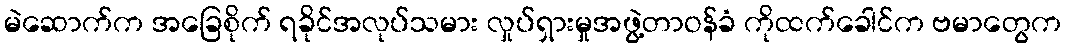
မဲဆောက်က အခြေစိုက် ရခိုင်အလုပ်သမား လှုပ်ရှားမှုအဖွဲ့တာဝန်ခံ ကိုထက်ခေါင်က ဗမာတွေက